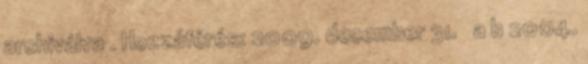
archiválva . Hozzáférés: 2009. december 31. ↑ a b 2004.